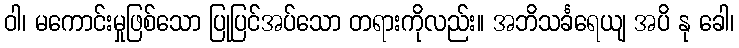
ဝါ၊ မကောင်းမှုဖြစ်သော ပြုပြင်အပ်သော တရားကိုလည်း။ အဘိသင်္ခရေယျ အပိ နု ခေါ၊